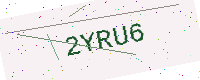
Text: 2YRU6